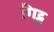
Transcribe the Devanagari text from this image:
गिट्स